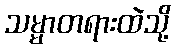
သမ္မာတရားထဲသို့